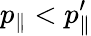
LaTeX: p_{\parallel}<p_{\parallel}^{\prime}